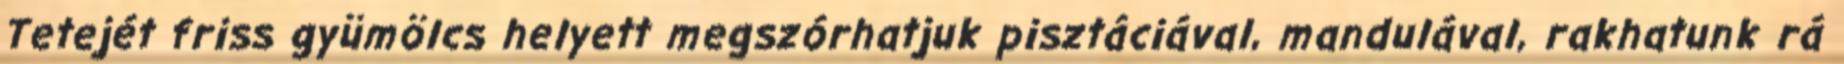
Tetejét friss gyümölcs helyett megszórhatjuk pisztáciával, mandulával, rakhatunk rá